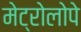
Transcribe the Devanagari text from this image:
मेट्रोलोपे